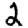
Digit: 2